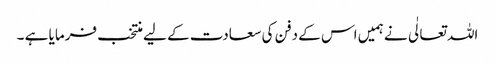
اللہ تعالٰی نے ہمیں اس کے دفن کی سعادت کے لیے منتخب فرمایا ہے ۔